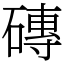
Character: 磚